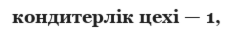
кондитерлік цехі — 1,